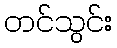
တင်သွင်း